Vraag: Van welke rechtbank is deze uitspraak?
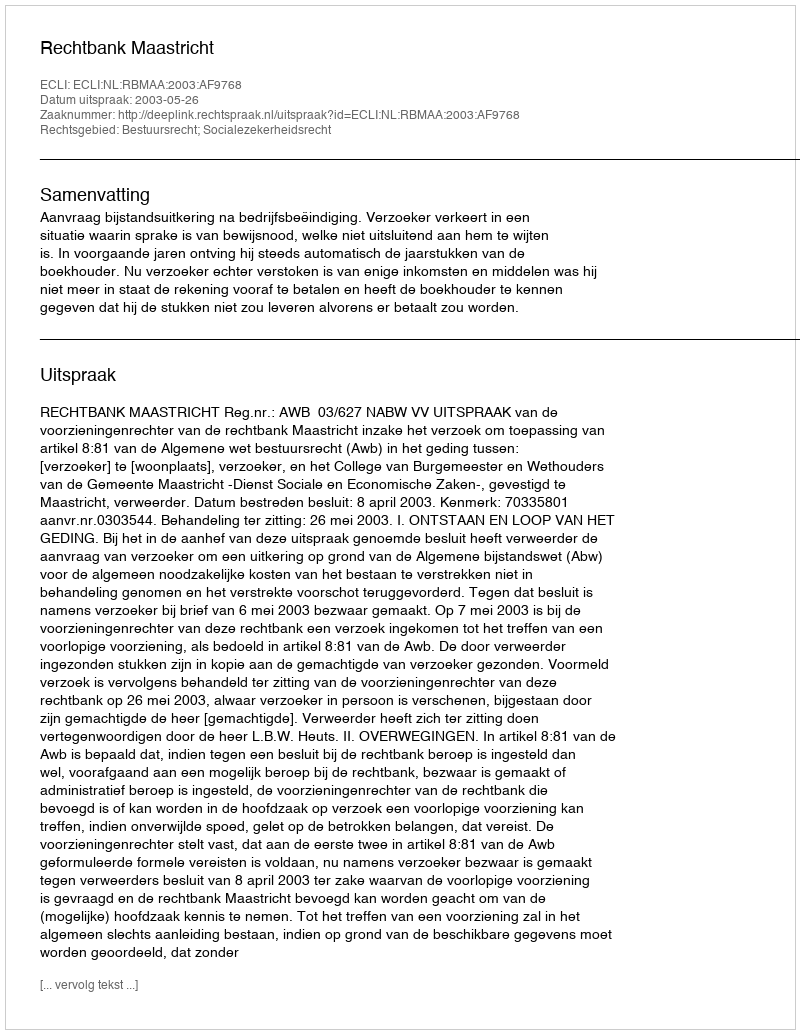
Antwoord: Rechtbank Maastricht